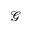
\mathcal { G }